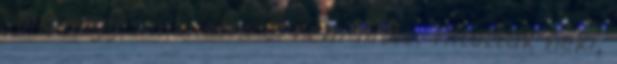
volt, hogy senki sem el nem hitte. Tiltották neki,